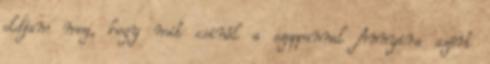
oldjam meg, hogy mit csinál a szappannal Annyira azért